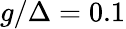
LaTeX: g/\Delta=0.1